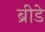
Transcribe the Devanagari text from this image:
ब्रीडे